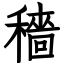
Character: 穡